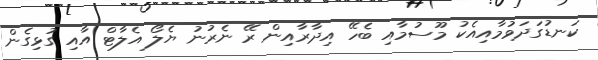
ކަނޑުގަދަވުމާއިއެކު މޫސުމާއި ބެހޭ އިދާރާއިން ރޭ ނެރުނު ޔެލޯ އެލާޓް އާއި ގުޅިގެން